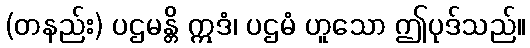
(တနည်း) ပဌမန္တိ ဣဒံ၊ ပဌမံ ဟူသော ဤပုဒ်သည်။